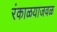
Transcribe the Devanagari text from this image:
रंकाळयाजवळ